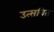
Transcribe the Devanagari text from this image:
उत्सवित